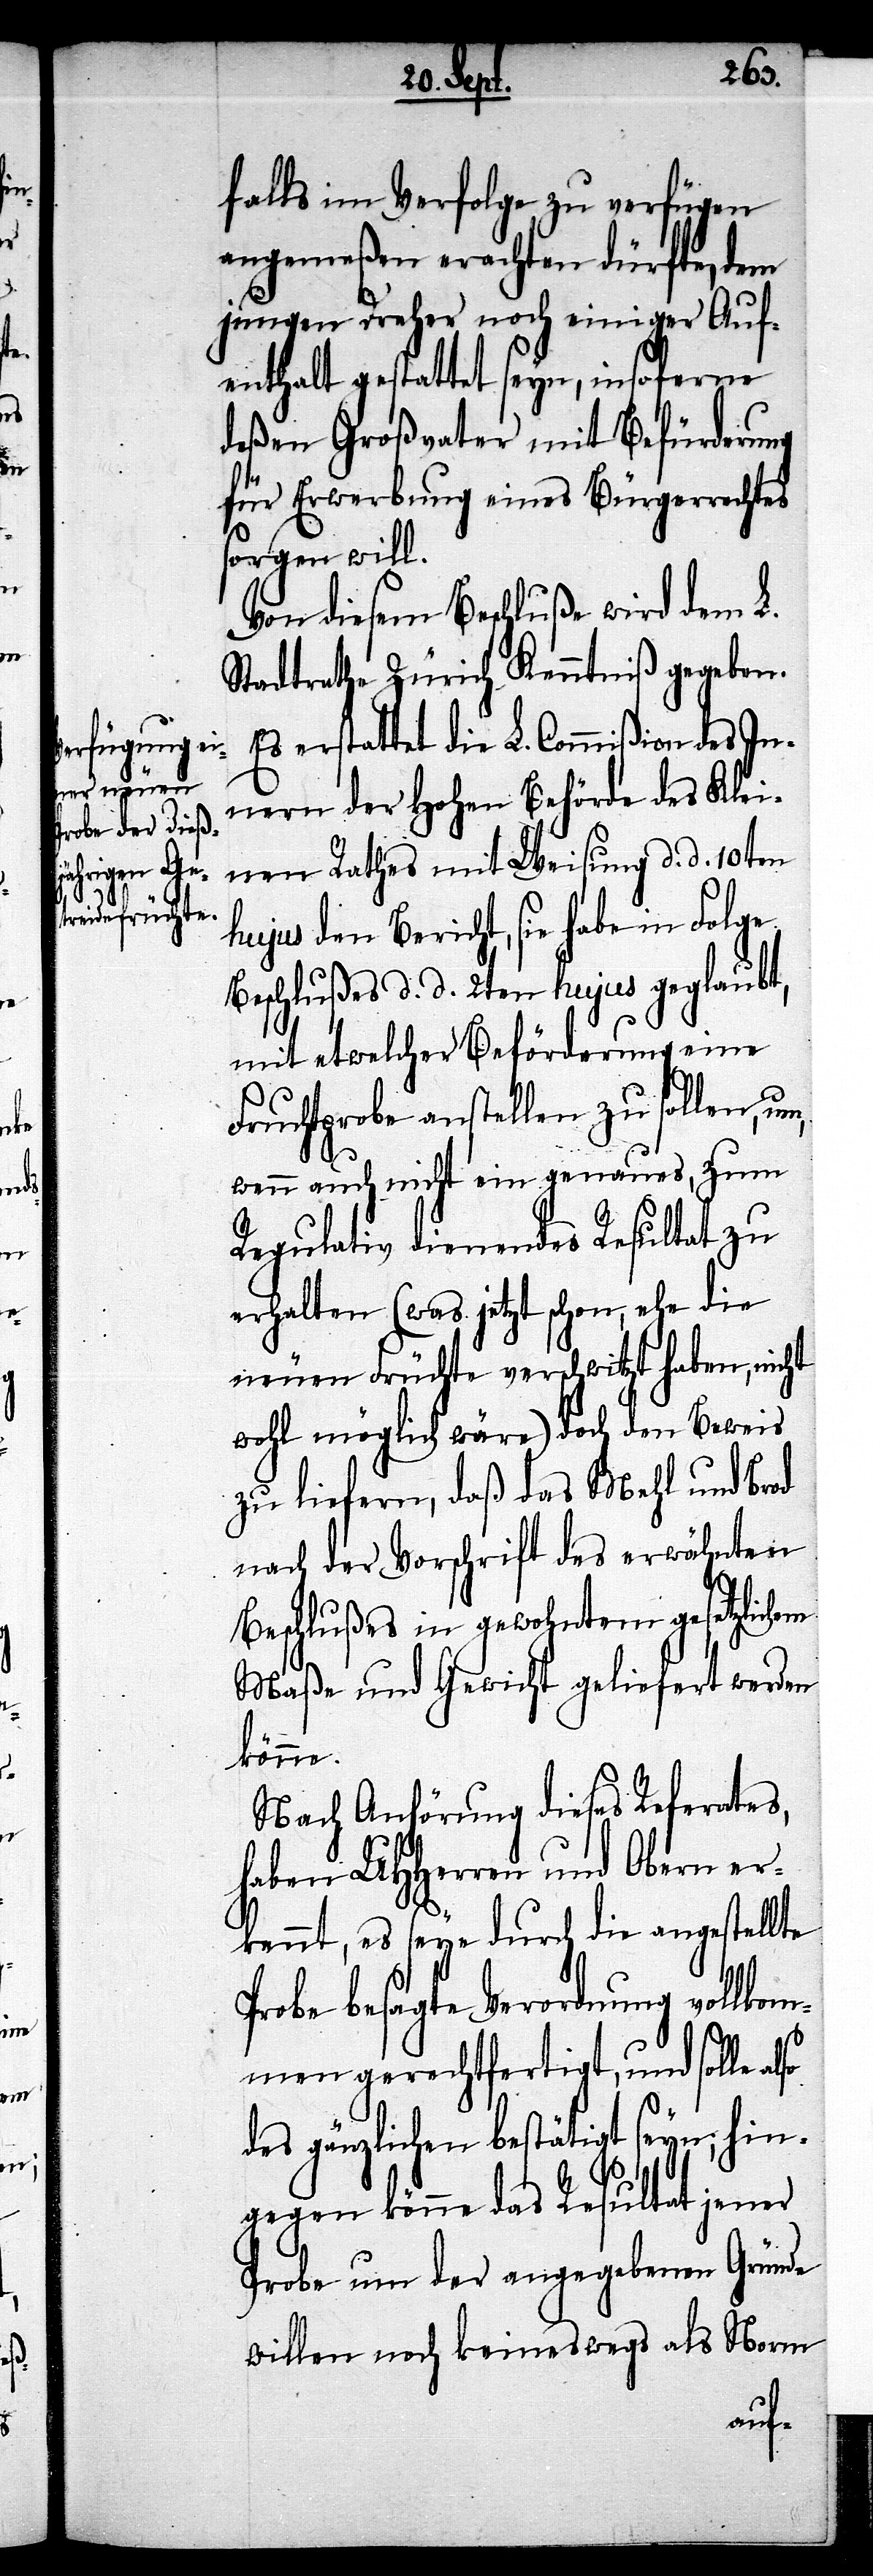
falls im Verfolge zu verfügen
angemeßen erachten dürfte, dem
jungen Dreher noch einiger Auf¬
enthalt gestattet seyn, insoferne
deßen Großvater mit Befürderung
für Erwerbung eines Bürgerrechtes
sorgen will.
Von diesem Beschluße wird dem L.
Stadtrathe Zürich Kenntniß gegeben.
Es erstattet die L. Commißion des In¬
nern der hohen Behörde des Klei¬
nen Rathes mit Weisung d. d. 10ten
hujus den Bericht, sie habe in Folge
Beschlußes d. d. 2ten hujus geglaubt,
mit etwelcher Beförderung eine
Fruchtprobe anstellen zu sollen,
wenn auch nicht ein genaues, zum
Regulativ dienendes Resultat zu
erhalten (was jetzt schon, ehe die
neuen Früchte verschwitzt haben, nicht
wohl möglich wäre) doch den Beweis
zu liefern, daß das Mehl und Brod
nach der Vorschrift des erwähnten
Beschlußes in gewohntem gesetzlichen
Maße und Gewicht geliefert werden
könne.
Nach Anhörung dieses Referates,
haben UHHerren und Obern er¬
kennt, es seye durch die angestellte
Probe besagte Verordnung vollkom¬
men gerechtfertigt, und solle
des gänzlichen bestätigt seyn; hin¬
gegen könne das Resultat jener
Probe um der angegebenen Gründe
willen noch keineswegs als Norm